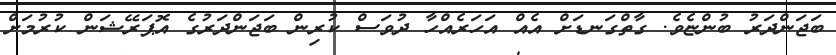
ބަޖަންދަރު ބުންޏެވެ. ގާތްގަނޑަށް އެއް އަހަރެއްހާ ދުވަސް ކުރިން ބަޖަންދަރުގެ އޮޕަރޭޝަން ކުރުމަށް